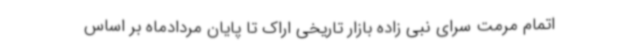
اتمام مرمت سرای نبی زاده بازار تاریخی اراک تا پایان مردادماه بر اساس